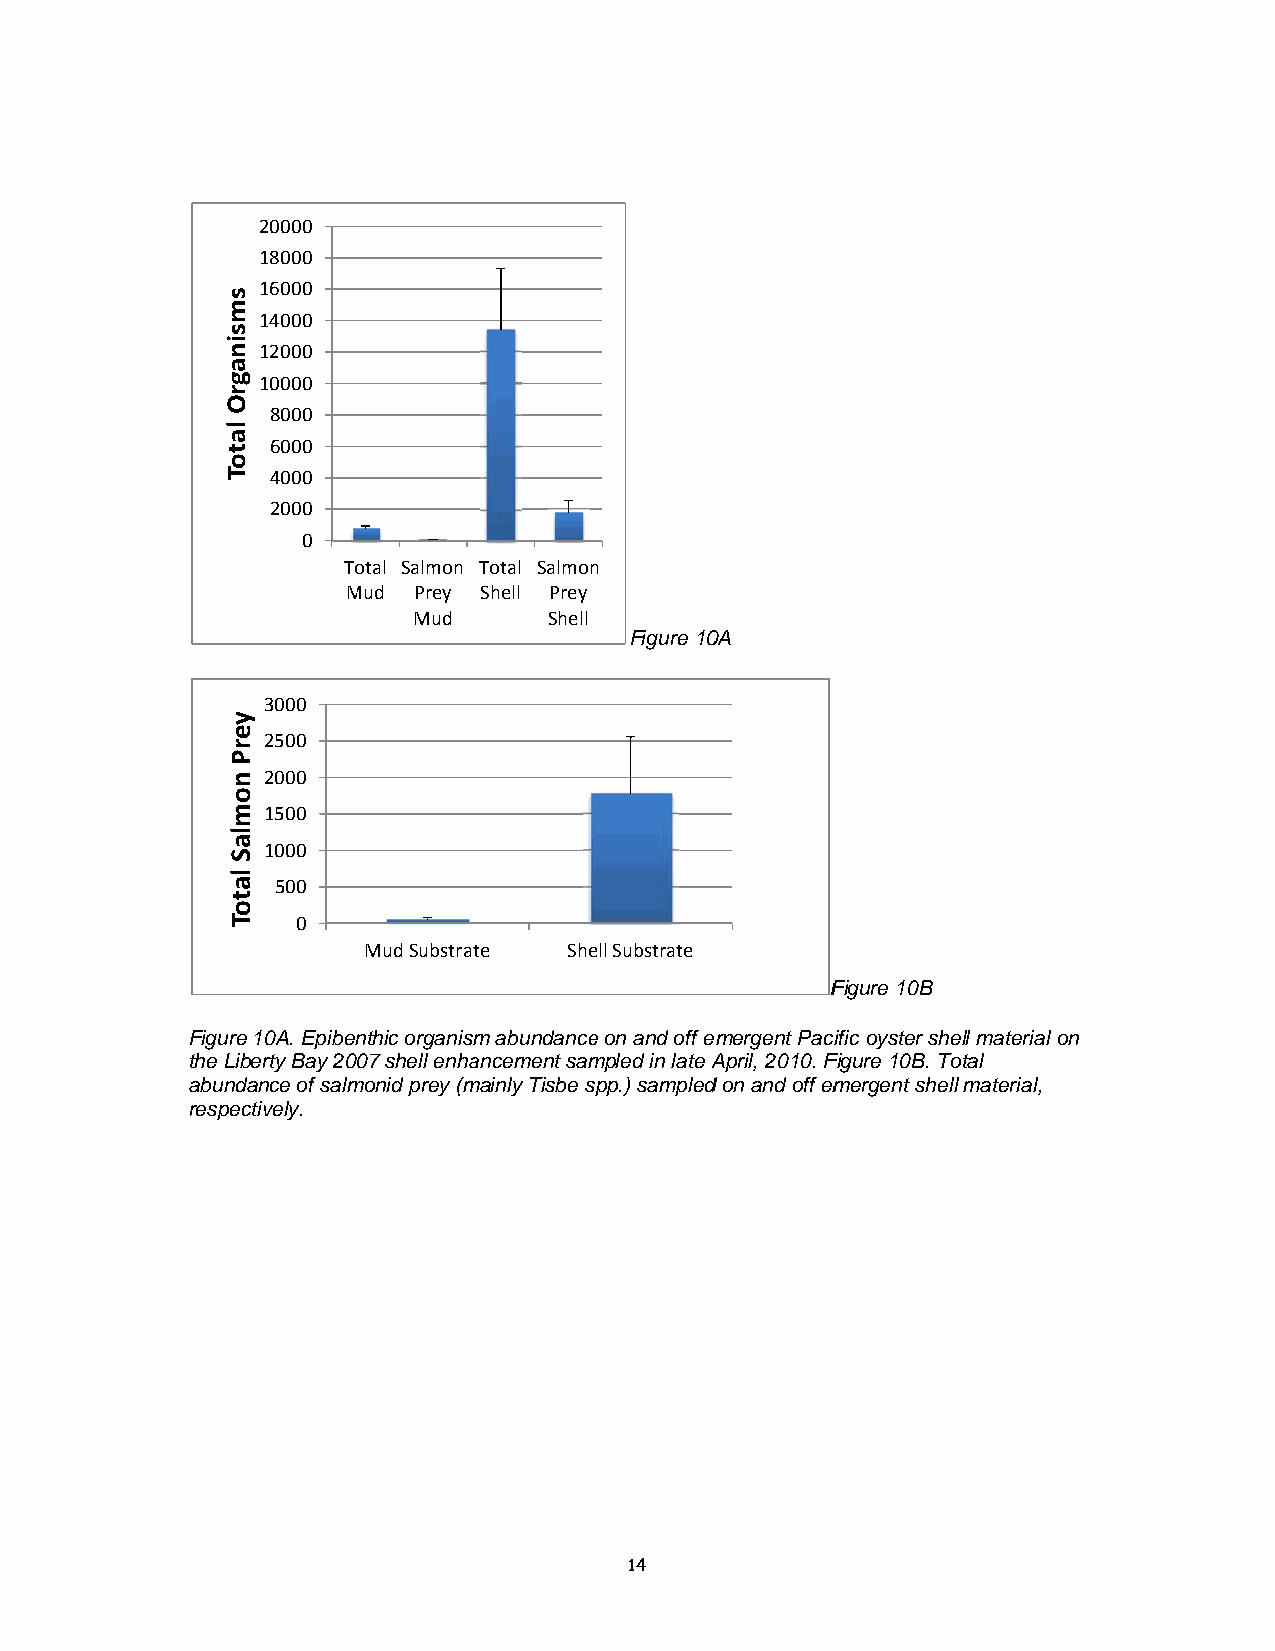
20000
 18000
 16000
 14000
 12000
 10000
 8000
 6000
 4000
 2000
 0
 Tootal Salmon Total Salmonn
 MMud Prey Shell Prey
 Mud      Shell
 Figure 100A
 3000
 2500
 2000
 1500
 1000
 500
 0
 Mud Substratte Sheell Substrate
 FFigure 10B
 Figuree 10A. Epibennthic organismm abundancee on and off emmergent Paciific oyster sheell material onn
 the Liiberty Bay 20007 shell enhaancement sammpled in late AApril, 2010. FFigure 10B. Tootal
 abunddance of salmmonid prey (mmainly Tisbe sppp.) sampledd on and off emmergent shelll material,
 respeectively.
 14
 ssmmssiinnaaggrrOO
 llaattooTT
 yyeerrPP
 nnoommllaaSS
 llaattooTT